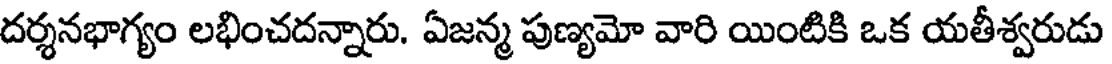
దర్శనభాగ్యం లభించదన్నారు. ఏజన్మ పుణ్యమో వారి యింటికి ఒక యతీశ్వరుడు